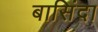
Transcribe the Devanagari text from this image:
बासिंदा